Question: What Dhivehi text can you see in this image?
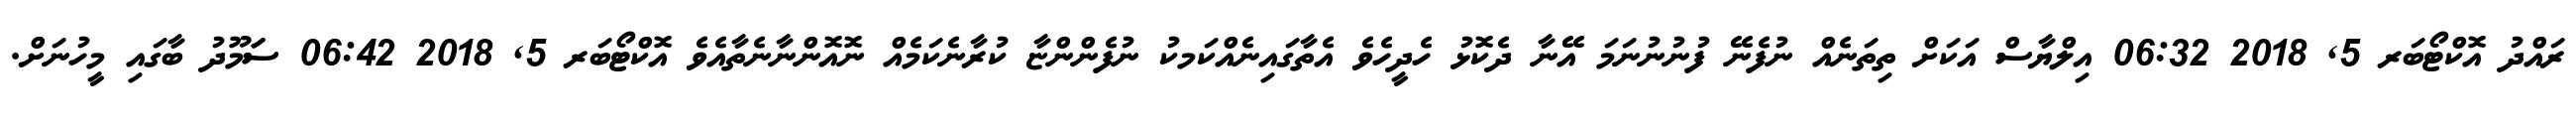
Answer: ރައްދު އޮކްޓޯބަރ 5, 2018 06:32 އިލްޔާސް އަކަށް ތިތަނެއް ނުފެނޭ ފުނުނުނަމަ އޭނާ ދެކޮޅު ހެދީހެވެ އެތާގައިނެއްކަމކު ނުފެންންޏާ ކުރާނެކަމެއް ނޮއޮންނާނެތާއެވެ އޮކްޓޯބަރ 5, 2018 06:42 ސަަމޫދު ބާގައި މީހުނަށް.